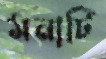
মনাটি